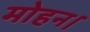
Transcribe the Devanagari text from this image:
मोहन।